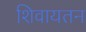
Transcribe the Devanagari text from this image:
शिवायतन